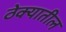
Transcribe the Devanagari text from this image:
ठेक्‍यातील